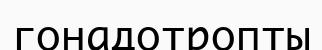
гонадотропты